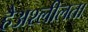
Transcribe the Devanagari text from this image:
हैअश्लीलता